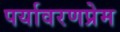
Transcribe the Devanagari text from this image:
पर्यावरणप्रेम